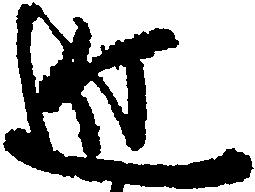
近